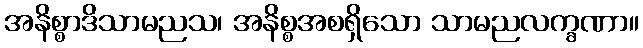
အနိစ္စာဒိသာမညသ၊ အနိစ္စအစရှိသော သာမညလက္ခဏာ။